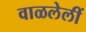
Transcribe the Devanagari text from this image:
वाळलेलीं